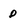
Character: p